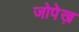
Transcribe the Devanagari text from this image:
जोपेख़